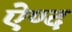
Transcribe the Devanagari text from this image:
ऐण्द